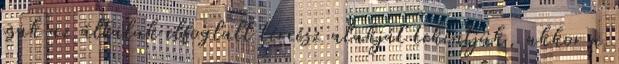
csak az általuk elfoglalt térrész alakját tekintjük, akkor a